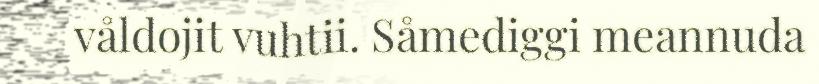
våldojit vuhtii. Såmediggi meannuda